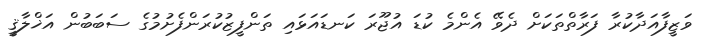
ވަޒީފާއަދާކުރާ ފަރާތްތަކަށް ދެވޭ އެންމެ ކުޑަ އުޖޫރަ ކަނޑައަޅައި ތަންފީޒުކުރަންފެށުމުގެ ސަބަބުން އަޚްލާޤީ